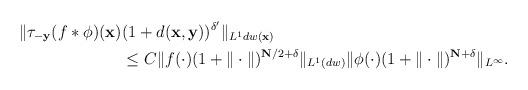
LaTeX: \begin{align*} \| \tau_{-\mathbf y}(f*\phi)(\mathbf x)&(1+ d(\mathbf x,\mathbf y))^{\delta'}\|_{L^1 dw(\mathbf x)}\\&\leq C \|f(\cdot)(1+\|\cdot\|)^{\mathbf{N}/2+\delta}\|_{L^1(dw)}\|\phi(\cdot)(1+\|\cdot\|)^{\mathbf{N}+\delta}\|_{L^{\infty}}.\end{align*}